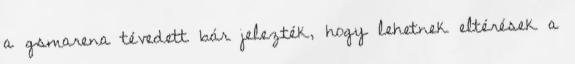
a gsmarena tévedett bár jelezték, hogy lehetnek eltérések a